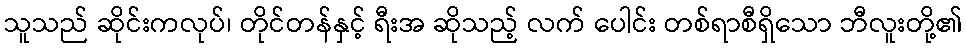
သူသည် ဆိုင်းကလုပ်၊ တိုင်တန်နှင့် ရီးအ ဆိုသည့် လက် ပေါင်း တစ်ရာစီရှိသော ဘီလူးတို့၏